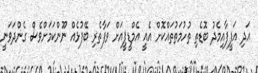
އަދި އަފީފާއިމެދު ބޮޑެތި ތުހުމަތުތައްކޮށް އެއީ އެމްޑީޕީއަށް ވަފާތެރި ބޭފުޅެއް ނޫންކަމަށްވެސް ގެންދަވަނީ